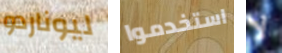
ليوناردو استخدموا لا